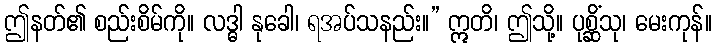
ဤနတ်၏ စည်းစိမ်ကို။ လဒ္ဓါ နုခေါ၊ ရအပ်သနည်း။” ဣတိ၊ ဤသို့။ ပုစ္ဆိံသု၊ မေးကုန်။